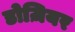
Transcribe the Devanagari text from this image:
डोज़ियर